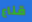
قناع